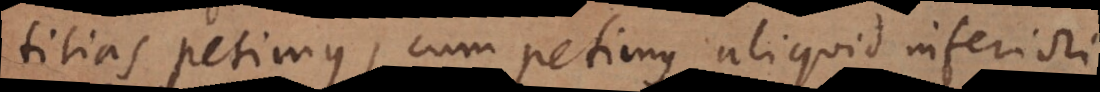
titias petimus, cum petimus aliquid inferiori